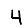
Digit: 4